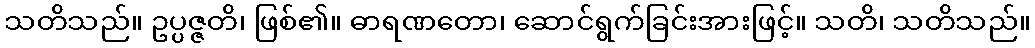
သတိသည်။ ဥပ္ပဇ္ဇတိ၊ ဖြစ်၏။ ဓာရဏတော၊ ဆောင်ရွက်ခြင်းအားဖြင့်။ သတိ၊ သတိသည်။